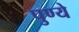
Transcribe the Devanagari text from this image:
पुण्ये